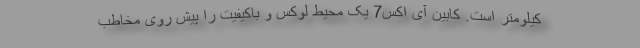
کیلومتر است. کابین آی اکس7 یک محیط لوکس و باکیفیت را پیش روی مخاطب